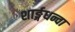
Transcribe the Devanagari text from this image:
शार्ङ्गधन्वा